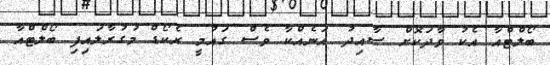
ބޯލްޓްއާ އެކު ވާދަކޮށް ސާއިދު އަނެއްކާ ވެސް ގައުމީ ރެކޯޑް މުގުރާލައިފި ބޯލްޓްއާ